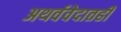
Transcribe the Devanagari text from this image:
अथर्ववेदातही